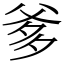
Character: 爹